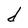
Character: d